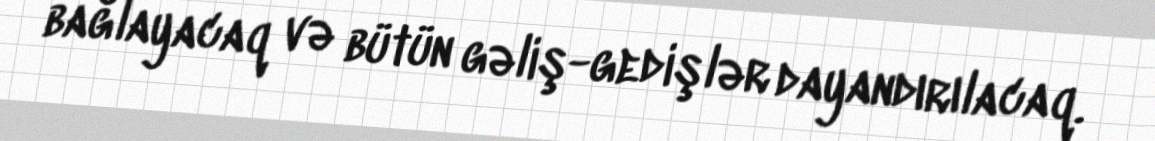
bağlayacaq və bütün gəliş-gedişlər dayandırılacaq.